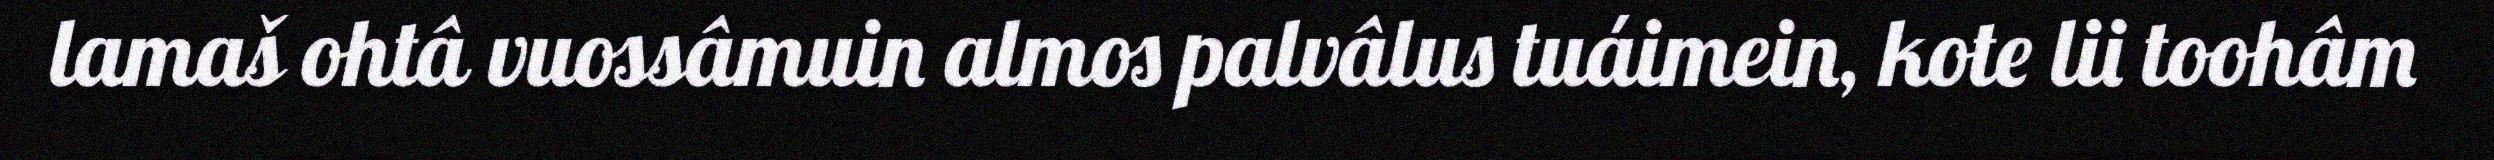
lamaš ohtâ vuossâmuin almos palvâlus tuáimein, kote lii toohâm